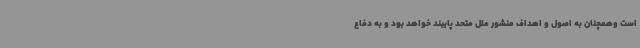
است وهمچنان به اصول و اهداف منشور ملل متحد پایبند خواهد بود و به دفاع